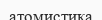
атомистика